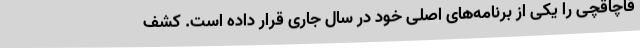
قاچاقچی را یکی از برنامه‌های اصلی خود در سال جاری قرار داده است. کشف